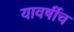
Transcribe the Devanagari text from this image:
यावर्षीच